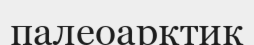
палеоарктик